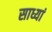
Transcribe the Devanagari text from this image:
साध्यां